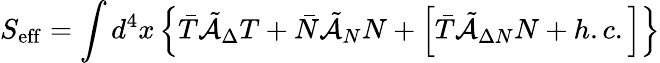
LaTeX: S_{\mathrm{eff}}=\int d^{4}x\left\{ \bar{T}\tilde{\cal A}_{\Delta}T+\bar{N}\tilde{\cal A}_{N}N+\left[\bar{T}\tilde{\cal A}_{\Delta N}N+h.c.\right]\right\}